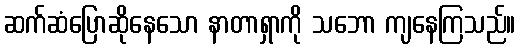
ဆက်ဆံပြောဆိုနေသော နာတာရှာကို သဘော ကျနေကြသည်။